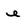
Character: e